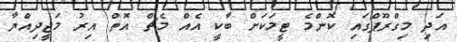
އަދި މިގްރޫޕްގައި ކޮންމެ ޓީމަކަށް ބާކީ އެއް މެޗް އޮތް އިރު މަޖީދިއްޔާ